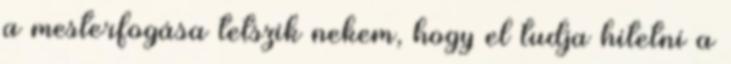
a mesterfogása tetszik nekem, hogy el tudja hitetni a